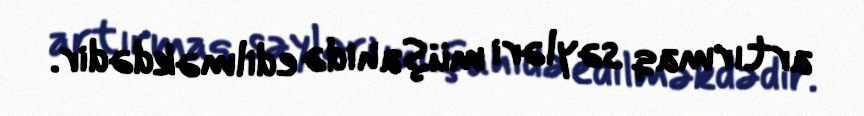
artırmaq səyləri müşahidə edilməkdədir.